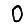
Digit: 0